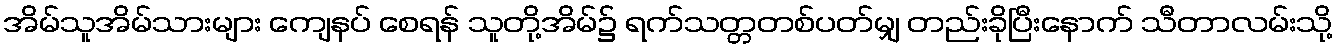
အိမ်သူအိမ်သားများ ကျေနပ် စေရန် သူတို့အိမ်၌ ရက်သတ္တတစ်ပတ်မျှ တည်းခိုပြီးနောက် သီတာလမ်းသို့